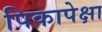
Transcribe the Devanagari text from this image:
पिकापेक्षा